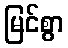
မြင်စွာ